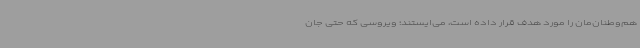
هم‌وطنان‌مان را مورد هدف قرار داده است، می‌ایستند؛ ویروسی که حتی جان